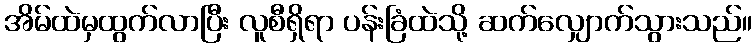
အိမ်ထဲမှထွက်လာပြီး လူစီရှိရာ ပန်းခြံထဲသို့ ဆက်လျှောက်သွားသည်။